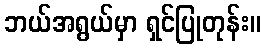
ဘယ်အရွယ်မှာ ရှင်ပြုတုန်း။